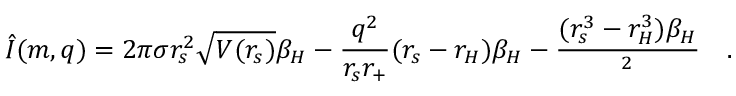
\hat { I } ( m , q ) = 2 \pi \sigma r _ { s } ^ { 2 } \sqrt { V ( r _ { s } ) } \beta _ { H } - \frac { q ^ { 2 } } { r _ { s } r _ { + } } ( r _ { s } - r _ { H } ) \beta _ { H } - \frac { ( r _ { s } ^ { 3 } - r _ { H } ^ { 3 } ) \beta _ { H } } { \l ^ { 2 } } \quad .